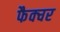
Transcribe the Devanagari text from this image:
फैक्चर